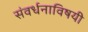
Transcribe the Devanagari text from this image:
संवर्धनाविषयी